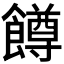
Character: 𬲝